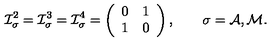
{ \cal I } _ { \sigma } ^ { 2 } = { \cal I } _ { \sigma } ^ { 3 } = { \cal I } _ { \sigma } ^ { 4 } = \left( \begin{array} { c c } { 0 } & { 1 } \\ { 1 } & { 0 } \\ \end{array} \right) , \qquad \sigma = { \cal A , M } .